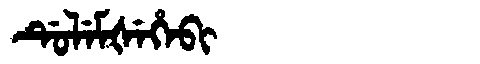
Manchu: ᡩᡠᠯᡝᠮᡧᡝᡥᡝᠪᡳ
Romanization: DULEMŠEHEBI